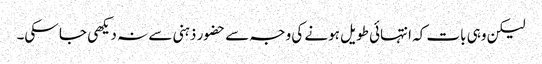
لیکن وہی بات کہ انتہائی طویل ہونے کی وجہ سے حضور ذہنی سے نہ دیکھی جا سکی۔